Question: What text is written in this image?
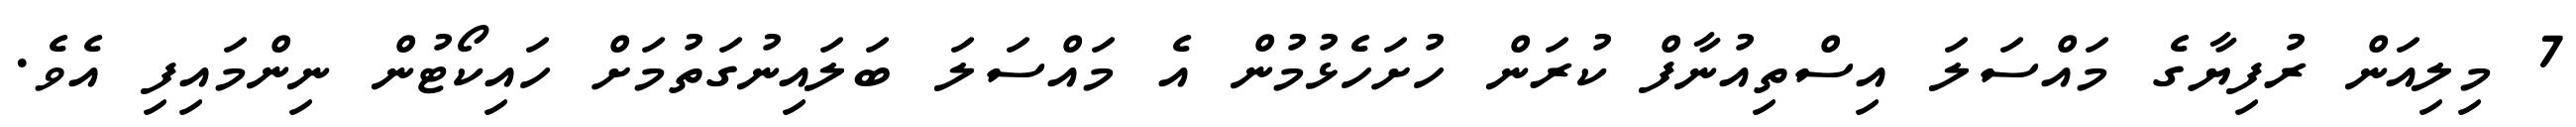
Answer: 7 މިލިއަން ރުފިޔާގެ މައްސަލަ އިސްތިއުނާފް ކުރަން ހުށަހެޅުމުން އެ މައްސަލަ ބަލައިނުގަތުމަށް ހައިކޯޓުން ނިންމައިފި އެވެ.